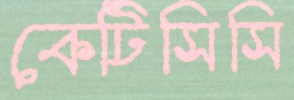
কেটিসিসি